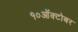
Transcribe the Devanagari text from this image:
१०ऑक्टोबर